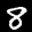
Label: 8